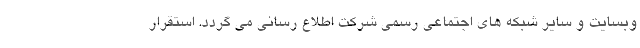
وبسایت و سایر شبکه های اجتماعی رسمی شرکت اطلاع رسانی می گردد. استقرار